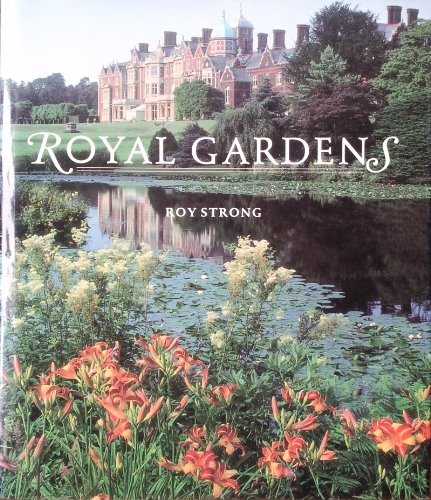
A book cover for Royal Gardens; Susan Strong; Crafts, Hobbies & Home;